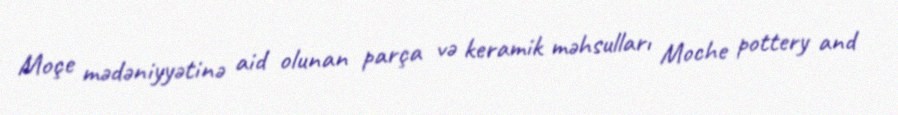
Moçe mədəniyyətinə aid olunan parça və keramik məhsulları Moche pottery and